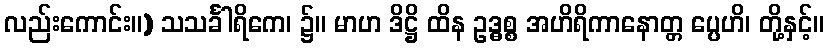
လည်းကောင်း။) သသင်္ခါရိကေ၊ ၌။ မာဟ ဒိဋ္ဌိ ထိန ဥဒ္ဓစ္စ အဟိရိကာနောတ္တ ပ္ပေဟိ၊ တို့နှင့်။